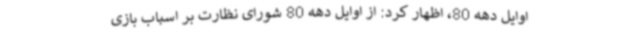
اوایل دهه 80، اظهار کرد: از اوایل دهه 80 شورای نظارت بر اسباب بازی